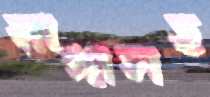
রাঙ্গাসহ